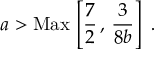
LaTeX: { { a } } > \mathrm { M a x } \, \left[ { \frac { 7 } { 2 } } \, , \, { \frac { 3 } { 8 { { b } } } } \right] \ .